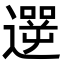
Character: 遻